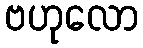
ဗဟုလော